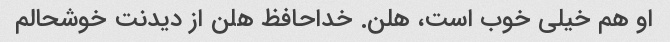
او هم خیلی خوب است، هلن. خداحافظ هلن از دیدنت خوشحالم